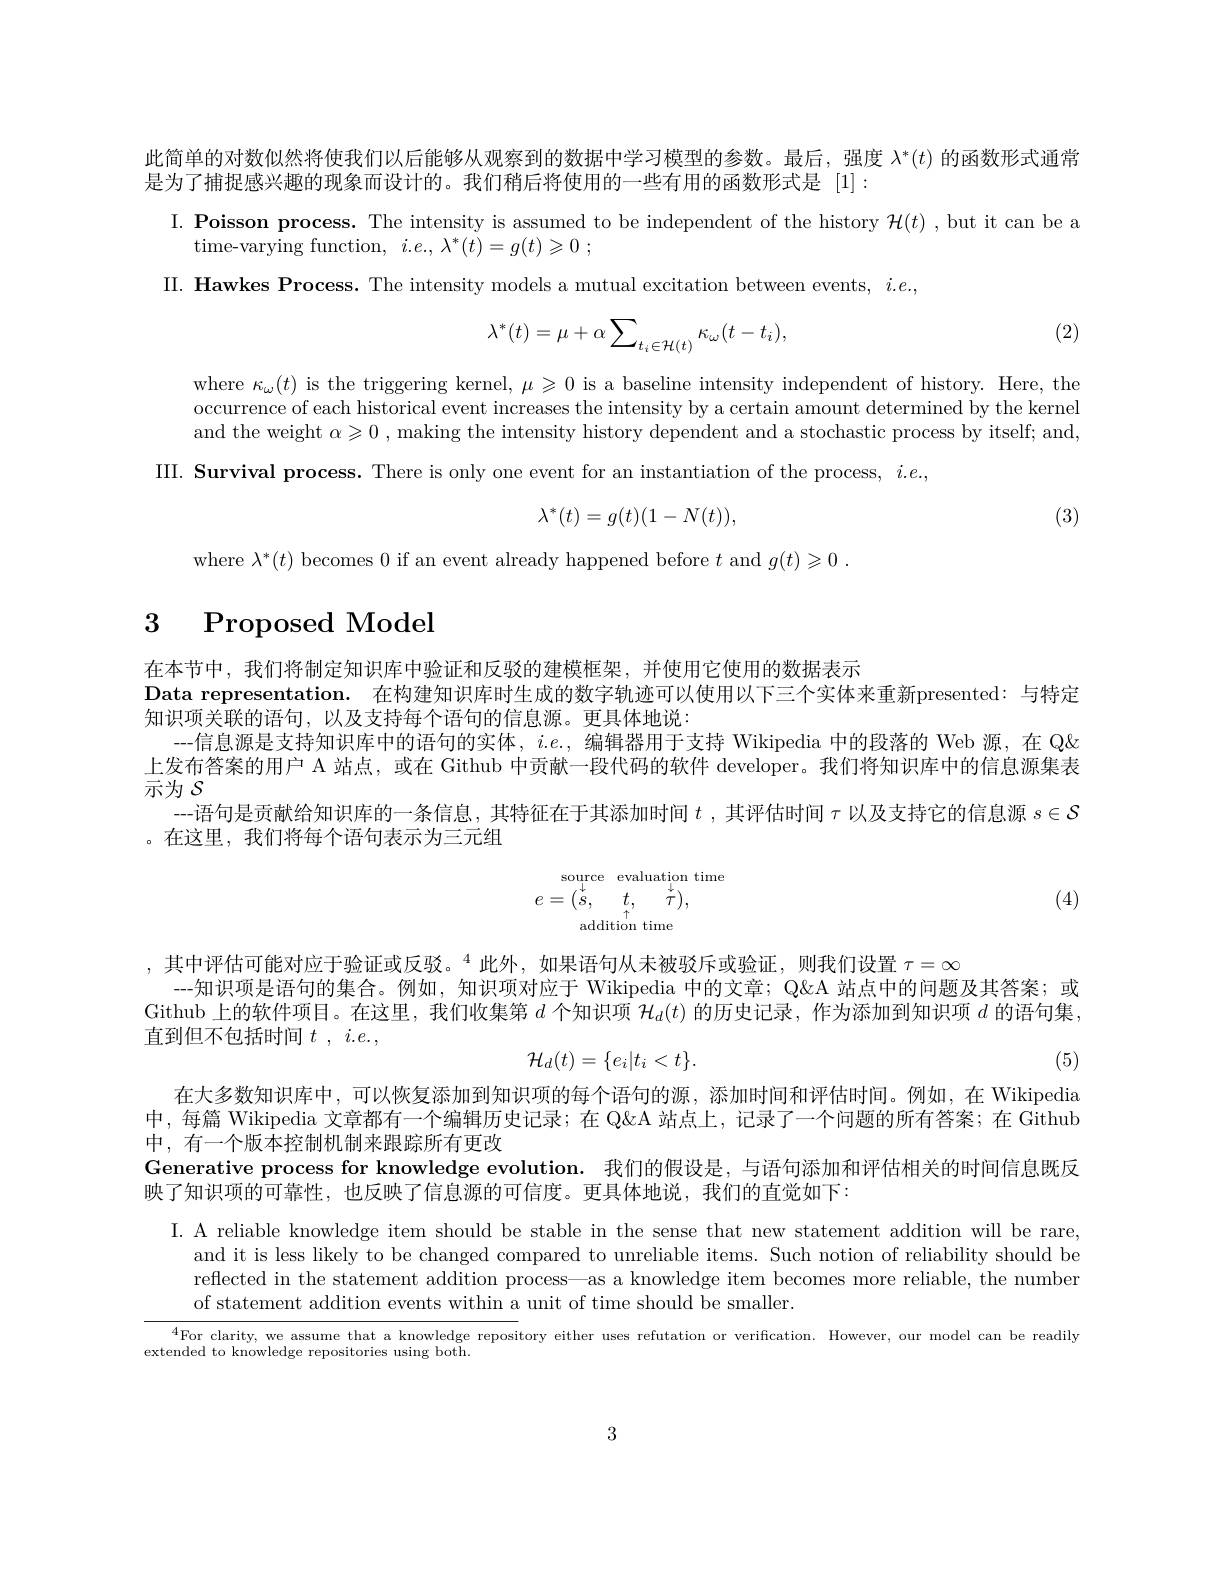
此简单的对数似然将使我们以后能够从观察到的数据中学习模型的参数。最后，强度$\lambda^*(t)$的函数形式通常
是为了捕捉感兴趣的现象而设计的。我们稍后将使用的一些有用的函数形式是[1]:
I. Poisson process. The intensity is assumed to be independent of the history $\mathcal{H}(t)$ ,but it can be a
${\mathrm{time- varying~function, ~}}i. e. , \lambda ^{* }( t) = g( t) \geqslant 0$ ;
II. Hawkes Process. The intensity models a mutual excitation between events, $i.e.$,
$$\lambda^*(t)=\mu+\alpha\sum_{t_i\in\mathcal{H}(t)}\kappa_\omega(t-t_i),$$
(2)

where $\kappa_\omega(t)$ is the triggering kernel, $\mu\geqslant0$ is a baseline intensity independent of history. Here, the occurrence of each historical event increases the intensity by a certain amount determined by the kernel and the weight $\alpha \geqslant 0$ ,making the intensity history dependent and a stochastic process by itself; and,
III. Survival process. There is only one event for an instantiation of the process, $i.e.$,
$$\lambda^*(t)=g(t)(1-N(t)),$$
(3)

where $\lambda^*(t)$ becomes 0 if an event already happened before $t$ and $g(t)\geqslant0.$

# $\begin{array}{cc}3&\text{Proposed Model}\\\end{array}$

在本节中，我们将制定知识库中验证和反驳的建模框架，并使用它使用的数据表示
Data representation. 在构建知识库时生成的数字轨迹可以使用以下三个实体来重新presented：与特定
知识项关联的语句，以及支持每个语句的信息源。更具体地说：
--信息源是支持知识库中的语句的实体，$i.e.$,编辑器用于支持 Wikipedia 中的段落的 Web 源，在 Q< 上发布答案的用户 A 站点，或在 Github 中贡献一段代码的软件 developer。我们将知识库中的信息源集表示为$\mathcal{S}$
--语句是贡献给知识库的一条信息，其特征在于其添加时间$t$ ,其评估时间$\tau$以及支持它的信息源$s\in\mathcal{S}$
。在这里，我们将每个语句表示为三元组

(4)
$$e=\begin{matrix}\text{source}&\text{evaluation tir}\\\downarrow&t,&\downarrow\\\downarrow&\uparrow\\\text{addition time}\end{matrix}$$
,其中评估可能对应于验证或反驳。$^{4}$此外，如果语句从未被驳斥或验证，则我们设置 $\tau=\infty$
--知识项是语句的集合。例如，知识项对应于 Wikipedia 中的文章；Q&A 站点中的问题及其答案；或Github 上的软件项目。在这里，我们收集第$d$个知识项$\mathcal{H}_d(t)$的历史记录，作为添加到知识项$d$的语句集， 直到但不包括时间$t,i.e.$,
$$\mathcal{H}_d(t)=\{e_i|t_i<t\}.$$
(5)

在大多数知识库中，可以恢复添加到知识项的每个语句的源，添加时间和评估时间。例如，在 Wikipedia 中，每篇 Wikipedia 文章都有一个编辑历史记录；在 Q&A 站点上，记录了一个间题的所有答案；在 Github 中，有一个版本控制机制来跟踪所有更改
Generative process for knowledge evolution. 我们的假设是，与语句添加和评估相关的时间信息既反
映了知识项的可靠性，也反映了信息源的可信度。更具体地说，我们的直觉如下：

I. A reliable knowledge item should be stable in the sense that new statement addition will be rare,
and it is less likely to be changed compared to unreliable items. Such notion of reliability should be reflected in the statement addition process—as a knowledge item becomes more reliable, the number of statement addition events within a unit of time should be smaller.

$^{4}$For clarity, we assume that a knowledge repository either uses refutation or verification. However, our model can be readily

extended to knowledge repositories using both.

3